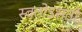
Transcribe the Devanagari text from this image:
स्वतोऽसती